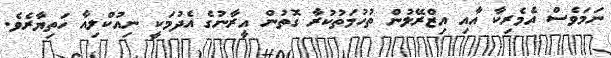
ނަމަވެސް އެމެރިކާ އާއި އިޒްރޭލުން ތުހުމަތުކުރާ ގޮތުން އީރާނުގެ އެދުމަކީ ނިއުކްލިއާ ހަތިޔާރެވެ.